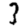
Digit: 3